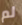
لم